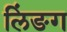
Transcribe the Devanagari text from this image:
लिंङग